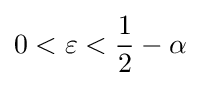
0<\varepsilon <{\frac {1}{2}}-\alpha